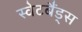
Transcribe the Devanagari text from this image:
स्वेटबैंड्स